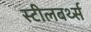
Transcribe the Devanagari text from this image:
स्टीलबर्थ्स